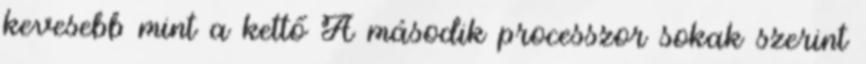
kevesebb mint a kettő A második processzor sokak szerint